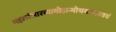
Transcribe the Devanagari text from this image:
महासंसारव्यामोहान्मोचयत्याश्‍वयं